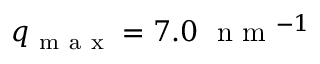
q _ { \mathrm { ~ m ~ a ~ x ~ } } = 7 . 0 \ \mathrm { ~ n ~ m ~ } ^ { - 1 }